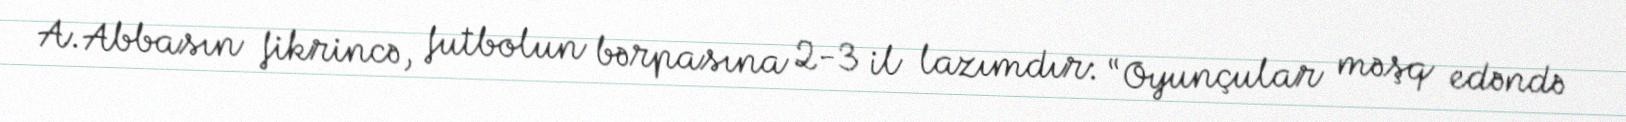
A.Abbasın fikrincə, futbolun bərpasına 2-3 il lazımdır: “Oyunçular məşq edəndə